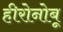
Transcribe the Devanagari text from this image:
हीरोनोबू